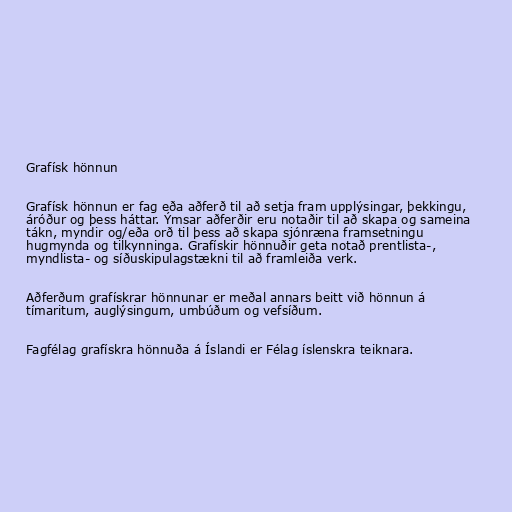
Grafísk hönnun

Grafísk hönnun er fag eða aðferð til að setja fram upplýsingar, þekkingu,
áróður og þess háttar. Ýmsar aðferðir eru notaðir til að skapa og sameina
tákn, myndir og/eða orð til þess að skapa sjónræna framsetningu
hugmynda og tilkynninga. Grafískir hönnuðir geta notað prentlista-,
myndlista- og síðuskipulagstækni til að framleiða verk.

Aðferðum grafískrar hönnunar er meðal annars beitt við hönnun á
tímaritum, auglýsingum, umbúðum og vefsíðum.

Fagfélag grafískra hönnuða á Íslandi er Félag íslenskra teiknara.